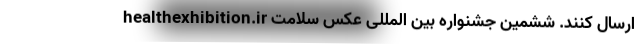
healthexhibition.ir ارسال کنند. ششمین جشنواره بین المللی عکس سلامت